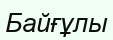
Байғұлы